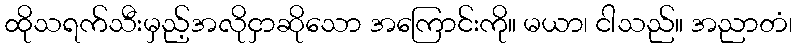
ထိုသရက်သီးမှည့်အလိုငှာဆိုသော အကြောင်းကို။ မယာ၊ ငါသည်။ အညာတံ၊